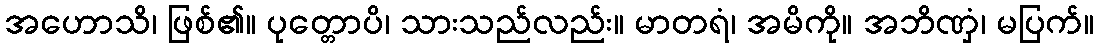
အဟောသိ၊ ဖြစ်၏။ ပုတ္တောပိ၊ သားသည်လည်း။ မာတရံ၊ အမိကို။ အဘိဏှံ၊ မပြက်။